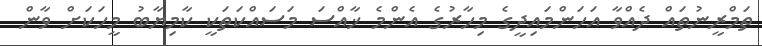
ތަމްރީނުތައް ދެއްވާ އަހަންމައިދީގެ މިހާރުގެ އެންމެ ޚާއްސަ މަސައްކަތަކީ ކާމިޔާބު މީހަކަށް ވާން